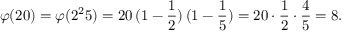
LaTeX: \varphi ( 2 0 ) = \varphi ( 2 ^ { 2 } 5 ) = 2 0 \, ( 1 - { \frac { 1 } { 2 } } ) \, ( 1 - { \frac { 1 } { 5 } } ) = 2 0 \cdot { \frac { 1 } { 2 } } \cdot { \frac { 4 } { 5 } } = 8 .